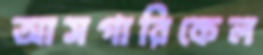
আসগারিকেল